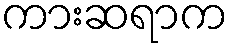
ကားဆရာက